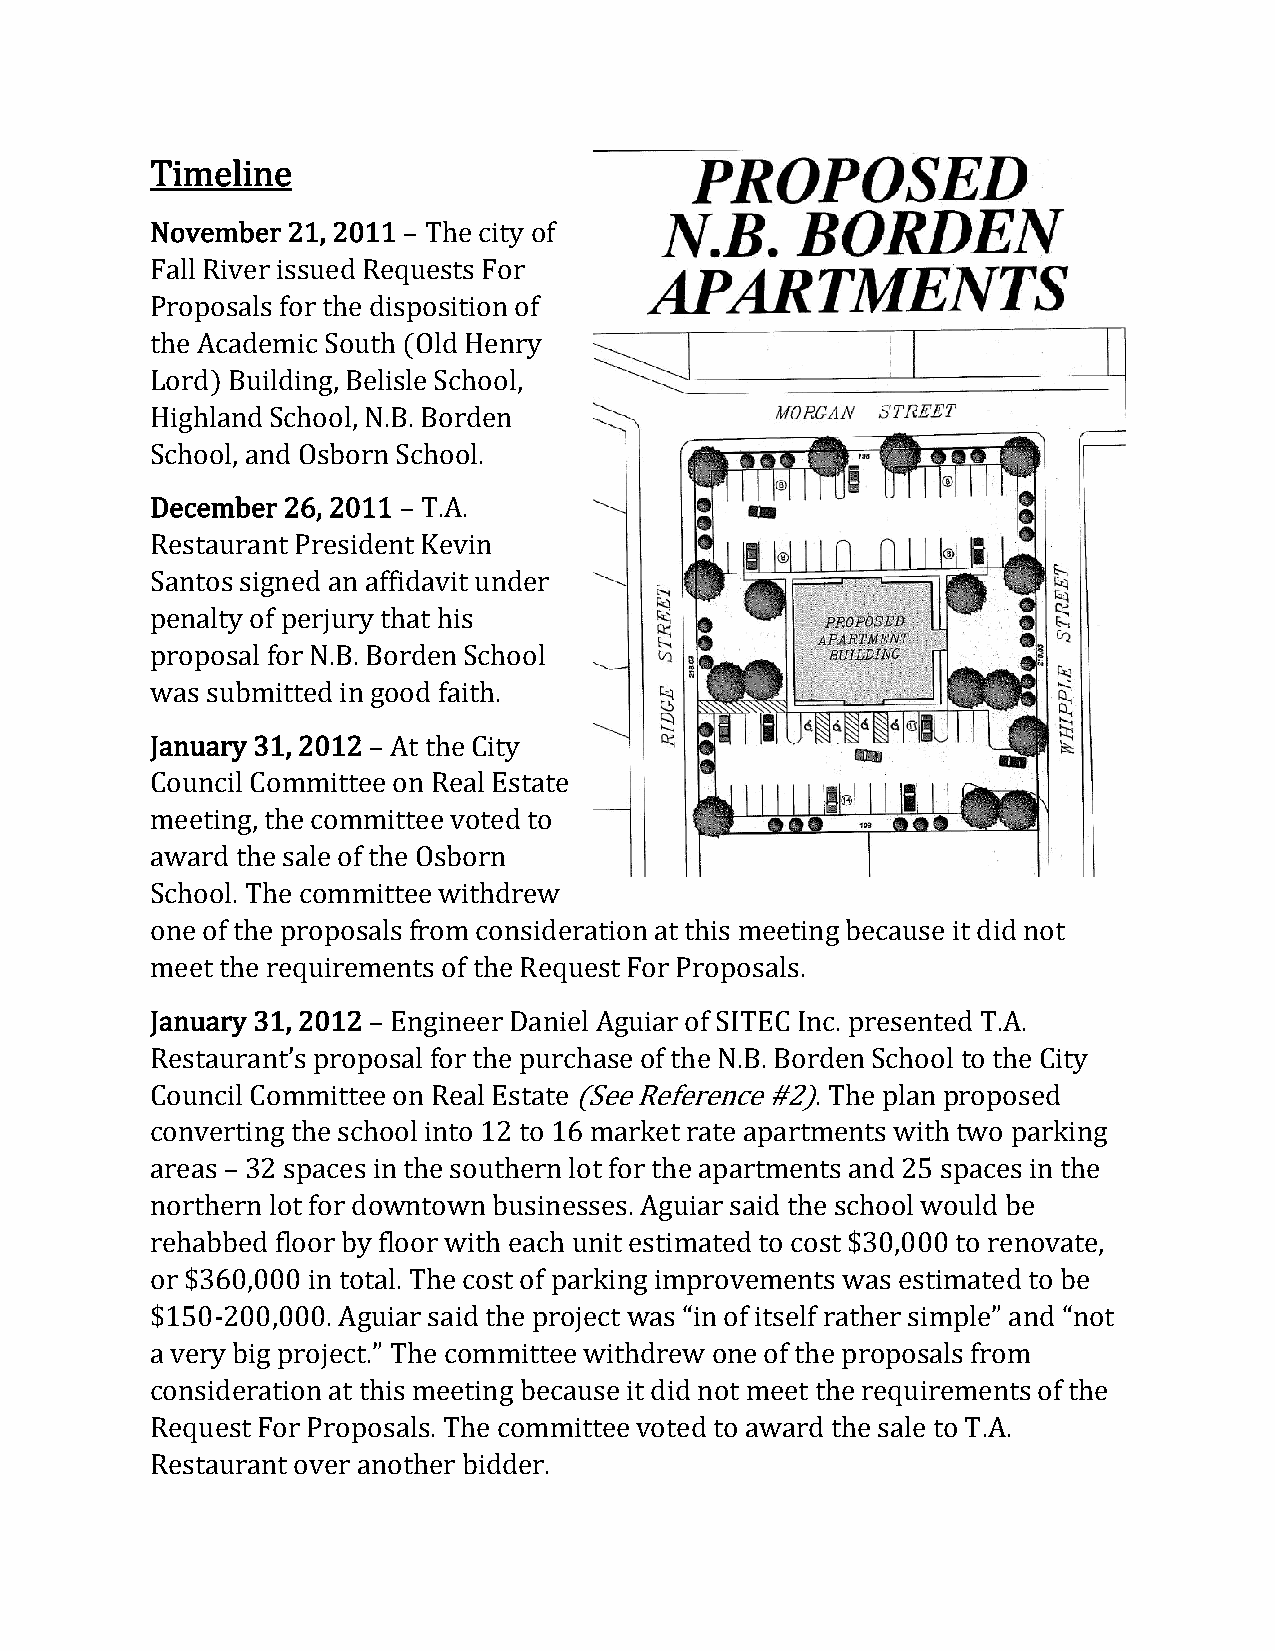
Timeline
 November 21, 2011 – The city of
 Fall River issued Requests For
 Proposals for the disposition of
 the Academic South (Old Henry
 Lord) Building, Belisle School,
 Highland School, N.B. Borden
 School, and Osborn School.
 December 26, 2011 – T.A.
 Restaurant President Kevin
 Santos signed an affidavit under
 penalty of perjury that his
 proposal for N.B. Borden School
 was submitted in good faith.
 January 31, 2012 – At the City
 Council Committee on Real Estate
 meeting, the committee voted to
 award the sale of the Osborn
 School. The committee withdrew
 one of the proposals from consideration at this meeting because it did not
 meet the requirements of the Request For Proposals.
 January 31, 2012 – Engineer Daniel Aguiar of SITEC Inc. presented T.A.
 Restaurant’s proposal for the purchase of the N.B. Borden School to the City
 Council Committee on Real Estate (See Reference #2). The plan proposed
 converting the school into 12 to 16 market rate apartments with two parking
 areas – 32 spaces in the southern lot for the apartments and 25 spaces in the
 northern lot for downtown businesses. Aguiar said the school would be
 rehabbed floor by floor with each unit estimated to cost $30,000 to renovate,
 or $360,000 in total. The cost of parking improvements was estimated to be
 $150-200,000. Aguiar said the project was “in of itself rather simple” and “not
 a very big project.” The committee withdrew one of the proposals from
 consideration at this meeting because it did not meet the requirements of the
 Request For Proposals. The committee voted to award the sale to T.A.
 Restaurant over another bidder.